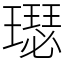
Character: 璱